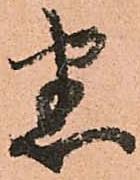
悉